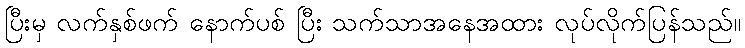
ပြီးမှ လက်နှစ်ဖက် နောက်ပစ် ပြီး သက်သာအနေအထား လုပ်လိုက်ပြန်သည်။